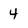
Character: 4